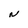
Character: N